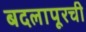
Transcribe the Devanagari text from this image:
बदलापूरची